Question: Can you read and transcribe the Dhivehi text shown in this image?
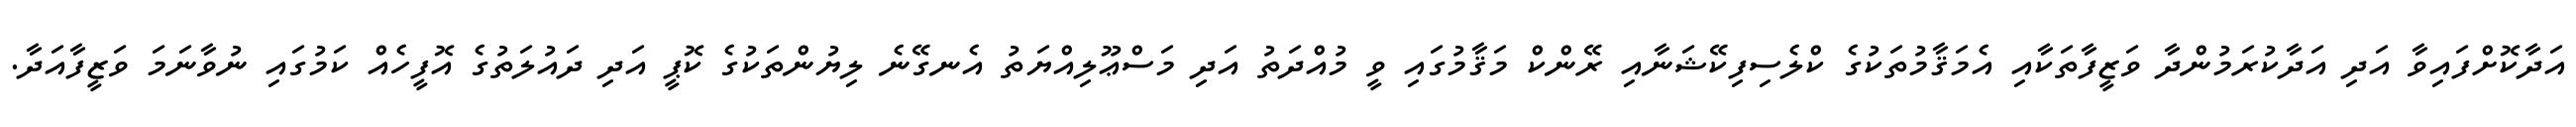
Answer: އަދާކޮށްފައިވާ އަދި އަދާކުރަމުންދާ ވަޒީފާތަކާއި އެމަޤާމުތަކުގެ ކްލެސިފިކޭޝަނާއި ރޭންކް މަޤާމުގައި ވީ މުއްދަތު އަދި މަސްޢޫލިއްޔަތު އެނގޭނެ ލިޔުންތަކުގެ ކޮޕީ އަދި ދައުލަތުގެ އޮފީހެއް ކަމުގައި ނުވާނަމަ ވަޒީފާއަދާ.